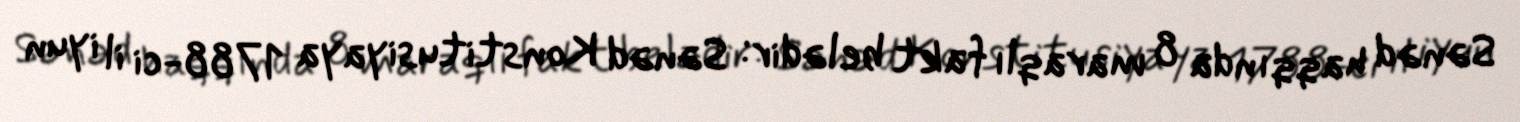
Sənəd haqqında 8 maraqlı fakt belədir: Sənəd Konstitusiyaya 1788-ci il iyun